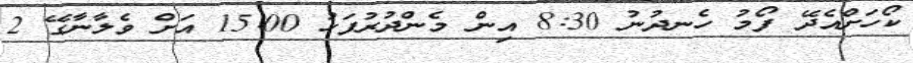
ކޯހަށްއެދޭ ފޯމު ހެނދުނު 8:30 އިން މެންދުރުފަހު 15:00 އަށް ވެލާނާގޭ 2